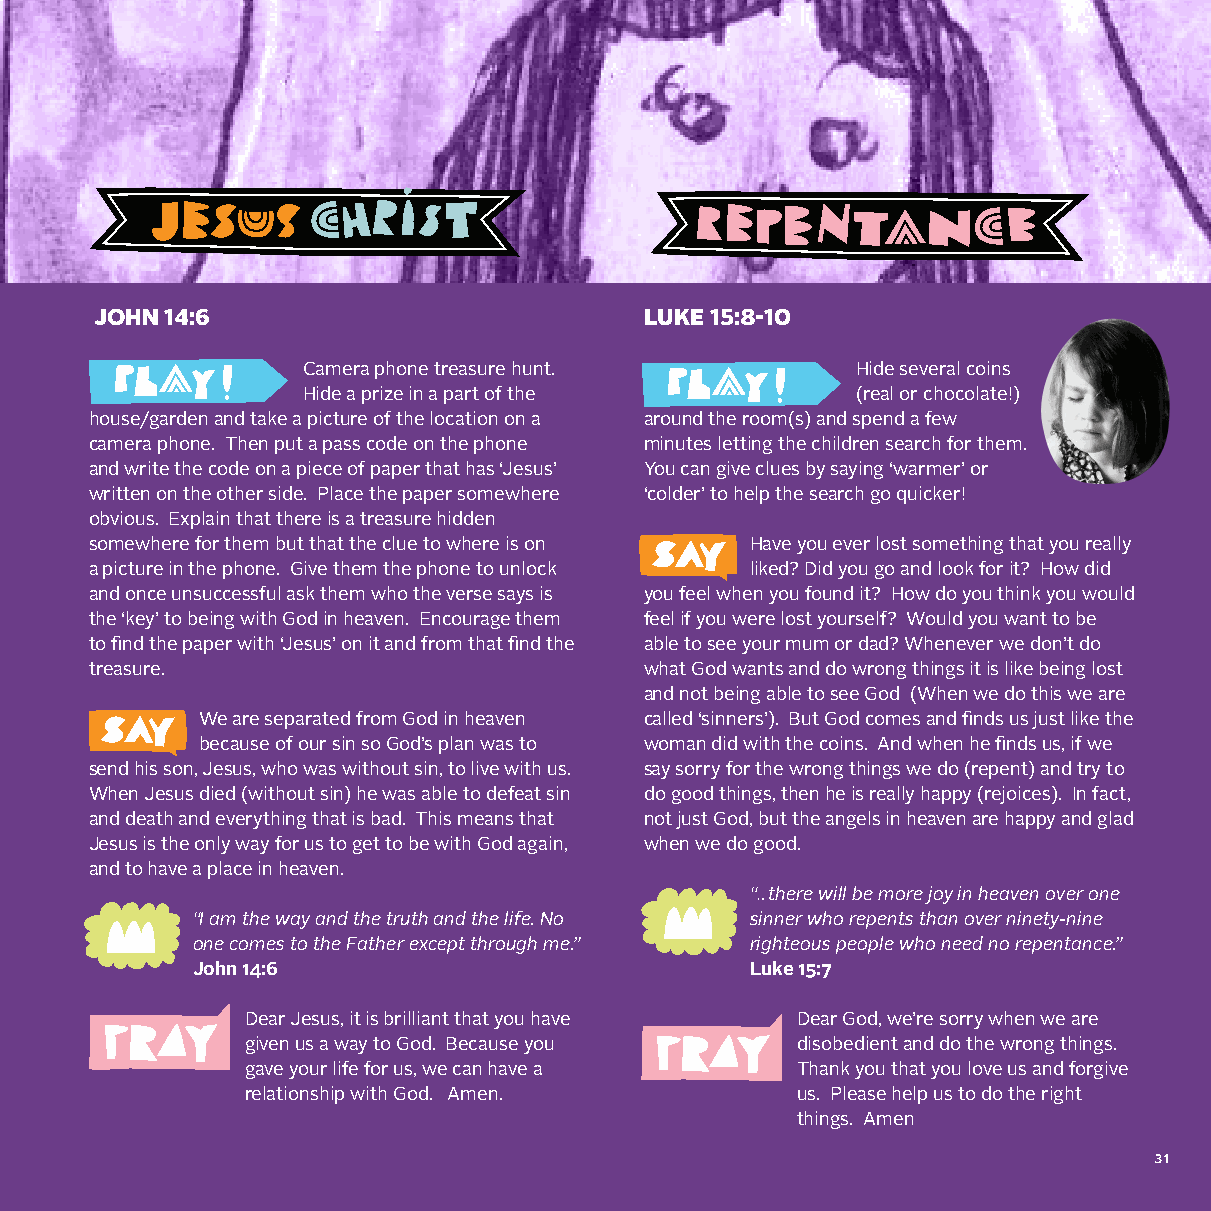
JOHN 14:6                            LUKE 15:8-10
 Camera phone treasure hunt.          Hide several coins
 Hide a prize in a part of the        (real or chocolate!)
 house/garden and take a picture of the location on a around the room(s) and spend a few
 camera phone. Then put a pass code on the phone minutes letting the children search for them.
 and write the code on a piece of paper that has ‘Jesus’ You can give clues by saying ‘warmer’ or
 written on the other side. Place the paper somewhere ‘colder’ to help the search go quicker!
 obvious. Explain that there is a treasure hidden
 somewhere for them but that the clue to where is on Have you ever lost something that you really
 a picture in the phone. Give them the phone to unlock liked? Did you go and look for it? How did
 and once unsuccessful ask them who the verse says is you feel when you found it? How do you think you would
 the ‘key’ to being with God in heaven. Encourage them feel if you were lost yourself? Would you want to be
 to find the paper with ‘Jesus’ on it and from that find the able to see your mum or dad? Whenever we don’t do
 treasure.                            what God wants and do wrong things it is like being lost
 and not being able to see God (When we do this we are
 We are separated from God in heaven called ‘sinners’). But God comes and finds us just like the
 because of our sin so God’s plan was to woman did with the coins. And when he finds us, if we
 send his son, Jesus, who was without sin, to live with us. say sorry for the wrong things we do (repent) and try to
 When Jesus died (without sin) he was able to defeat sin do good things, then he is really happy (rejoices). In fact,
 and death and everything that is bad. This means that not just God, but the angels in heaven are happy and glad
 Jesus is the only way for us to get to be with God again, when we do good.
 and to have a place in heaven.
 “…there will be more joy in heaven over one
 “I am the way and the truth and the life. No sinner who repents than over ninety-nine
 one comes to the Father except through me.” righteous people who need no repentance.”
 John 14:6                            Luke 15:7
 Dear Jesus, it is brilliant that you have Dear God, we’re sorry when we are
 given us a way to God. Because you   disobedient and do the wrong things.
 gave your life for us, we can have a Thank you that you love us and forgive
 relationship with God. Amen.         us. Please help us to do the right
 things. Amen
 31